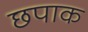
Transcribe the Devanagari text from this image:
छपाक